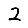
Digit: 2